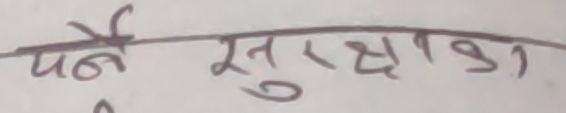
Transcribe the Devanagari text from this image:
पर्ने सुरक्षाक